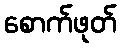
စောက်ဖုတ်